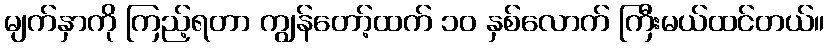
မျက်နှာကို ကြည့်ရတာ ကျွန်တော့်ထက် ၁၀ နှစ်လောက် ကြီးမယ်ထင်တယ်။